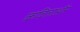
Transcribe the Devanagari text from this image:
कविताऔर